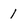
Character: 1